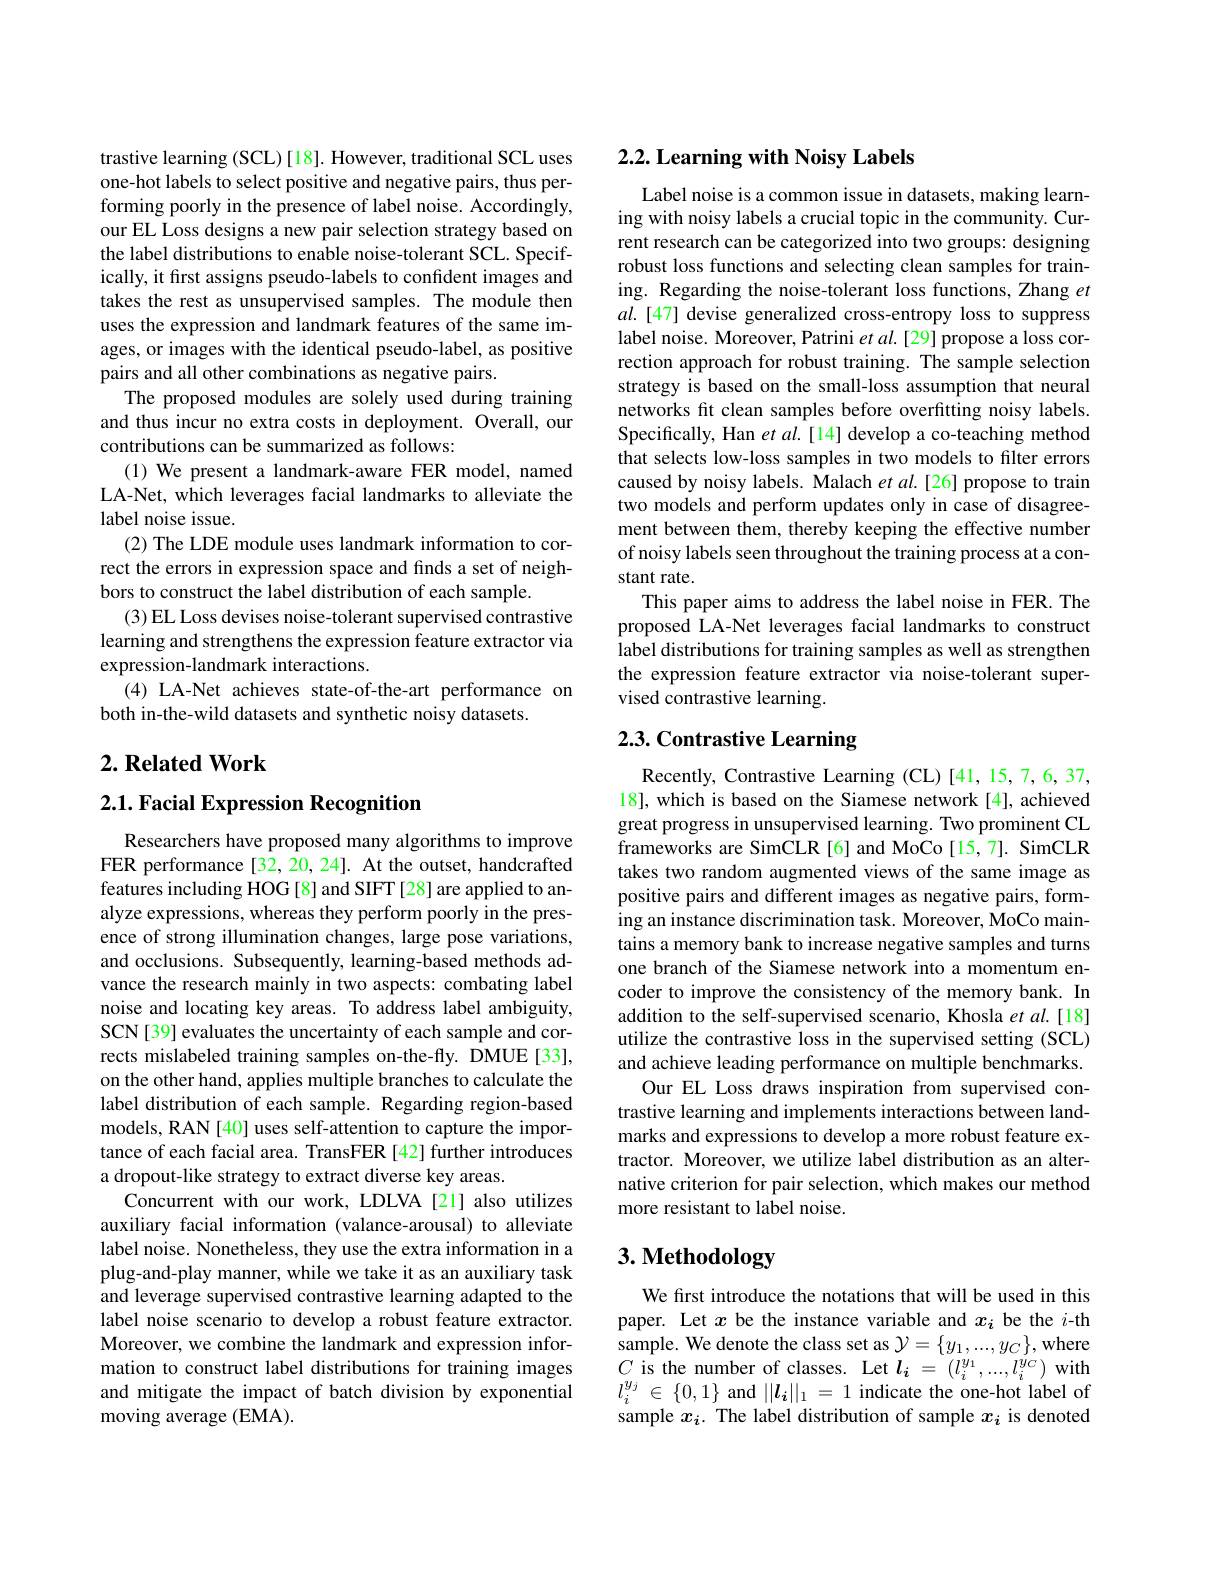
trastive learning (SCL)[18]. However, traditional SCL uses one-hot labels to select positive and negative pairs, thus performing poorly in the presence of label noise. Accordingly, our EL Loss designs a new pair selection strategy based on the label distributions to enable noise-tolerant SCL. Specifically, it fırst assigns pseudo-labels to confıdent images and takes the rest as unsupervised samples. The module then uses the expression and landmark features of the same images, or images with the identical pseudo-label, as positive pairs and all other combinations as negative pairs.
The proposed modules are solely used during training and thus incur no extra costs in deployment. Overall, our contributions can be summarized as follows:
(1) We present a landmark-aware FER model, named LA-Net, which leverages facial landmarks to alleviate the label noise issue.
(2) The LDE module uses landmark information to correct the errors in expression space and finds a set of neighbors to construct the label distribution of each sample.
(3) EL Loss devises noise-tolerant supervised contrastive learning and strengthens the expression feature extractor via expression-landmark interactions.
(4) LA-Net achieves state-of-the-art performance on
both in-the-wild datasets and synthetic noisy datasets.

## $2. \textbf{Related Work}$

## 2.1. Facial Expression Recognition

Researchers have proposed many algorithms to improve FER performance [32, 20, 24]. At the outset, handcrafted features including HOG [8] and SIFT [28] are applied to analyze expressions, whereas they perform poorly in the presence of strong illumination changes, large pose variations, and occlusions. Subsequently, learning-based methods advance the research mainly in two aspects: combating label noise and locating key areas. To address label ambiguity, SCN[39] evaluates the uncertainty of each sample and corrects mislabeled training samples on-the-fly. DMUE[33], on the other hand, applies multiple branches to calculate the label distribution of each sample. Regarding region-based models, RAN [40] uses self-attention to capture the importance of each facial area. TransFER [42] further introduces a dropout-like strategy to extract diverse key areas.
Concurrent with our work, LDLVA [21] also utilizes auxiliary facial information (valance-arousal) to alleviate label noise. Nonetheless, they use the extra information in a plug-and-play manner, while we take it as an auxiliary task and leverage supervised contrastive learning adapted to the label noise scenario to develop a robust feature extractor. Moreover, we combine the landmark and expression information to construct label distributions for training images and mitigate the impact of batch division by exponential moving average (EMA).

## 2.2. Learning with Noisy Labels

Label noise is a common issue in datasets, making learning with noisy labels a crucial topic in the community. Current research can be categorized into two groups: designing robust loss functions and selecting clean samples for training. Regarding the noise-tolerant loss functions, Zhang $et$ $al.[47]$ devise generalized cross-entropy loss to suppress label noise. Moreover, Patrini et al. [29] propose a loss correction approach for robust training. The sample selection strategy is based on the small-loss assumption that neural networks fit clean samples before overfitting noisy labels. Specifically, Han et al.[14] develop a co-teaching method that selects low-loss samples in two models to filter errors caused by noisy labels. Malach et al.[26] propose to train two models and perform updates only in case of disagreement between them, thereby keeping the effective number of noisy labels seen throughout the training process at a constant rate.
This paper aims to address the label noise in FER. The proposed LA-Net leverages facial landmarks to construct label distributions for training samples as well as strengthen the expression feature extractor via noise-tolerant supervised contrastive learning.

## $2. 3. \textbf{Contrastive Learning}$

Recently, Contrastive Learning (CL) [41,15,7,6,37, 18], which is based on the Siamese network[4], achieved great progress in unsupervised learning. Two prominent CL frameworks are SimCLR[6] and MoCo[15,7]. SimCLR takes two random augmented views of the same image as positive pairs and different images as negative pairs, forming an instance discrimination task. Moreover, MoCo maintains a memory bank to increase negative samples and turns one branch of the Siamese network into a momentum encoder to improve the consistency of the memory bank. In addition to the self-supervised scenario, Khosla et al.[18] utilize the contrastive loss in the supervised setting (SCL) and achieve leading performance on multiple benchmarks.
Our EL Loss draws inspiration from supervised contrastive learning and implements interactions between landmarks and expressions to develop a more robust feature extractor. Moreover, we utilize label distribution as an alternative criterion for pair selection, which makes our method more resistant to label noise.

# 3. Methodology

We first introduce the notations that will be used in this paper. Let $x$ be the instance variable and $x_i$ be the $i$-th sample. We denote the class set as $\mathcal{Y}=\{y_1,...,y_C\}$,where $\begin{array}{l}{C\text{ is the number of classes. Let }l_{i}=(l_{i}^{y_{1}},...,l_{i}^{y_{C}})\mathrm{~with}}\\{l_{i}^{y_{j}}\in\{0,1\}\mathrm{~and~}||l_{i}||_{1}=1\mathrm{~indicate~the~one-hot~label~of}}\end{array}$ sample $x_i.$ The label distribution of sample $x_i$ is denoted